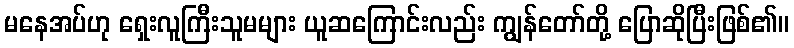
မနေအပ်ဟု ရှေးလူကြီးသူမများ ယူဆကြောင်းလည်း ကျွန်တော်တို့ ပြောဆိုပြီးဖြစ်၏။